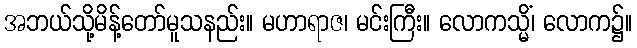
အဘယ်သို့မိန့်တော်မူသနည်း။ မဟာရာဇ၊ မင်းကြီး။ လောကသ္မိံ၊ လောက၌။